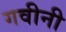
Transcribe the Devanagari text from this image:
गवीनी